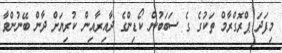
މިފަދަ ޕްރޮގްރާމް ތަކުގެ ގެ ސަބަބުން ކޯޑިންގެ ދާއިރާއިން ކުރިޔަށް ދާން ބޭނުންވާ